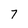
Character: 7